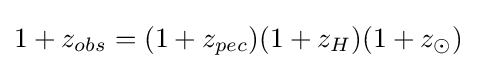
1+z_{obs}=(1+z_{pec})(1+z_{H})(1+z_{\odot })